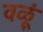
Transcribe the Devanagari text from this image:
वळूं